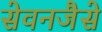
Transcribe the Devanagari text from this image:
सेवनजैसे